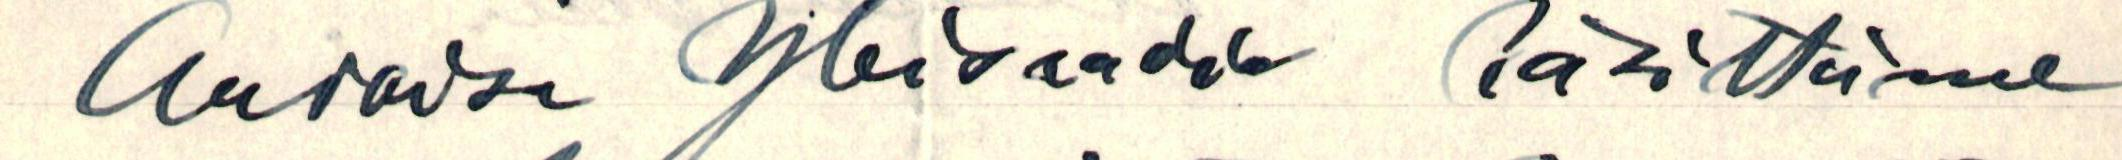
Arvoisa Yleisradio käsittänne